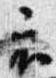
衣